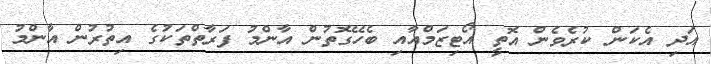
އަދި އެކަން ކުރެވެން އޮތީ އޯޓިޒަމްއާއި ބެހޭގޮތުން އާންމު ފަރާތްތަކުގެ އިތުރުން އާންމު